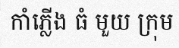
កាំភ្លើង ធំ មួយ ក្រុម